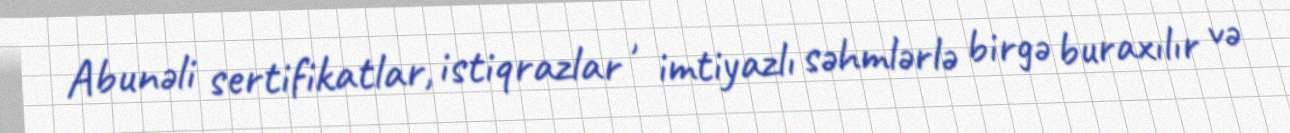
Abunəli sertifikatlar, istiqrazlar , imtiyazlı səhmlərlə birgə buraxılır və